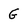
Character: G